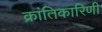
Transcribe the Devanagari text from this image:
क्रांतिकारिणी